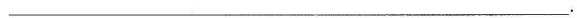
\underline。